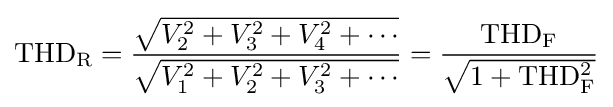
\mathrm {THD_{R}} ={\frac {\sqrt {V_{2}^{2}+V_{3}^{2}+V_{4}^{2}+\cdots }}{\sqrt {V_{1}^{2}+V_{2}^{2}+V_{3}^{2}+\cdots }}}={\frac {\mathrm {THD_{F}} }{\sqrt {1+\mathrm {THD_{F}^{2}} }}}